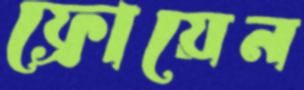
ফ্রোয়েন